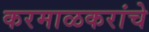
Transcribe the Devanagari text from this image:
करमाळकरांचे